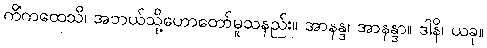
ကိံကထေသိ၊ အဘယ်သို့ဟောတော်မူသနည်း။ အာနန္ဒ၊ အာနန္ဒာ။ ဒါနိ၊ ယခု။